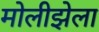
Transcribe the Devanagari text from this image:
मोलीझेला